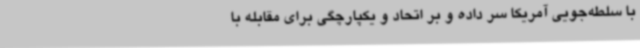
با سلطه‌جویی آمریکا سر داده و بر اتحاد و یکپارچگی برای مقابله با